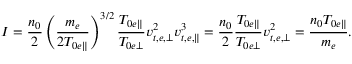
I = \frac { n _ { 0 } } { 2 } \left( \frac { m _ { e } } { 2 T _ { 0 e \parallel } } \right) ^ { 3 / 2 } \frac { T _ { 0 e \parallel } } { T _ { 0 e \perp } } v _ { t , e , \perp } ^ { 2 } v _ { t , e , \parallel } ^ { 3 } = \frac { n _ { 0 } } { 2 } \frac { T _ { 0 e \parallel } } { T _ { 0 e \perp } } v _ { t , e , \perp } ^ { 2 } = \frac { n _ { 0 } T _ { 0 e \parallel } } { m _ { e } } .